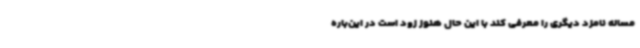
مساله نامزد دیگری را معرفی کند با این حال هنوز زود است در این‌باره